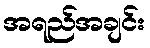
အရည်အချင်း